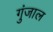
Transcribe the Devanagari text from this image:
गुंजाल